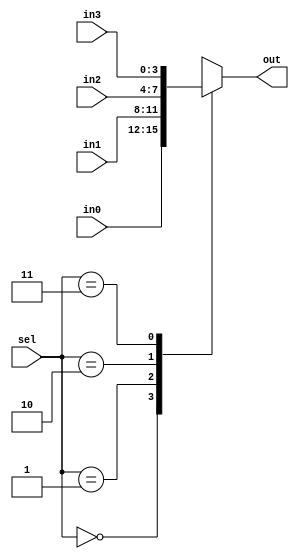
// Name: UJJWAL CHAUDAHRY, M. Tech., ESE [2023 - 2025], IISc Bengaluru
// Q1 : Verilog code for 4 to 1 mux

module mux_4to1(
    input wire [3:0] in0,
    input wire [3:0] in1,
    input wire [3:0] in2,
    input wire [3:0] in3,
    input wire [1:0] sel,
    output wire [3:0]out
    );

    reg [3:0] out_temp;

    assign out = out_temp;

    always @(*) begin
        case(sel)
            2'b00: out_temp = in0;
            2'b01: out_temp = in1;
            2'b10: out_temp = in2;
            2'b11: out_temp = in3;
            default: out_temp = 4'bxxxx;
        endcase
    end
    
endmodule